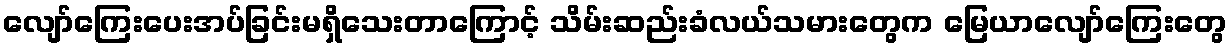
လျော်ကြေးပေးအပ်ခြင်းမရှိသေးတာကြောင့် သိမ်းဆည်းခံလယ်သမားတွေက မြေယာလျော်ကြေးတွေ